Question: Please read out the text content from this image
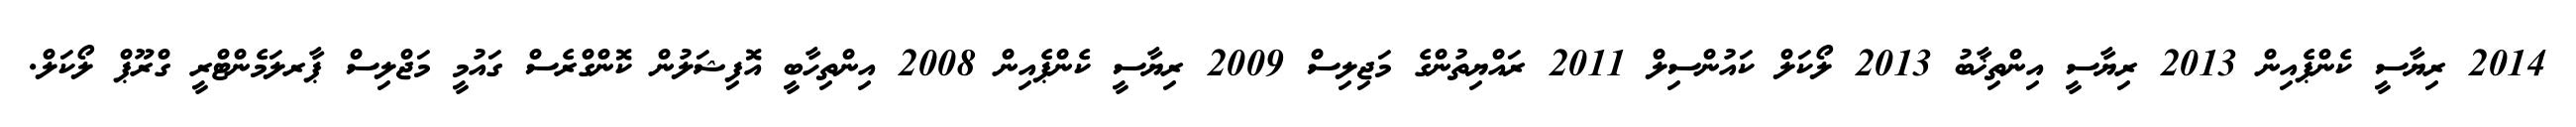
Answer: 2014 ރިޔާސީ ކެންޕެއިން 2013 ރިޔާސީ އިންތިޚާބު 2013 ލޯކަލް ކައުންސިލް 2011 ރައްޔިތުންގެ މަޖިލިސް 2009 ރިޔާސީ ކެންޕެއިން 2008 އިންތިހާބީ އޮފިޝަލުން ކޮންގްރެސް ގައުމީ މަޖްލިސް ޕާރލަމެންޓްރީ ގްރޫޕް ލޯކަލް.